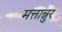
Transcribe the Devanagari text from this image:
मत्तान्नुर